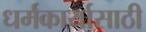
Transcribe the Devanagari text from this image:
धर्मकार्यासाठी